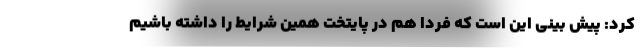
کرد: پیش بینی این است که فردا هم در پایتخت همین شرایط را داشته باشیم